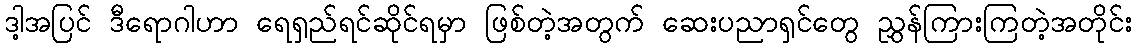
ဒါ့အပြင် ဒီရောဂါဟာ ရေရှည်ရင်ဆိုင်ရမှာ ဖြစ်တဲ့အတွက် ဆေးပညာရှင်တွေ ညွှန်ကြားကြတဲ့အတိုင်း